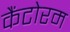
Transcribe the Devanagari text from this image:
कैंटोरम